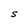
Character: S